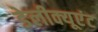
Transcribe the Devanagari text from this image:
डेलीक्यूएंट